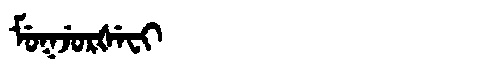
Manchu: ᠮᡠᡴᠵᡠᡵᡧᡝᠸᡳ
Romanization: MUKJURŠEFI